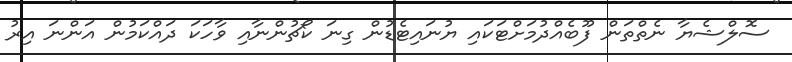
ސޮލްޝެޔާ ނެތްތަން ފޫބެއްދުމަށްޓަކައި ޔުނައިޓެޑުން ގިނަ ކޯޗުންނާއި ވާހަކަ ދައްކަމުން އަންނަ އިރު